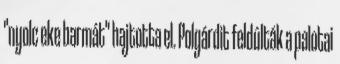
"nyolc eke barmát" hajtotta el. Polgárdit feldúlták a palotai